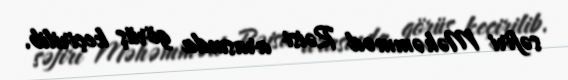
səfiri Məhəmməd Rəisi arasında görüş keçirilib.